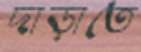
দাড়াতে